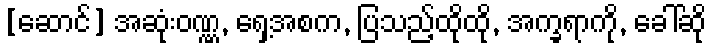
[ဆောင်] အဆုံးဝဏ္ဏ, ရှေ့အစက, ပြသည့်ထိုထို, အက္ခရာကို, ခေါ်ဆို